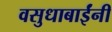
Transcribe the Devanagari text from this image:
वसुधाबाईंनी